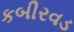
કબીરવડ